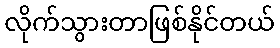
လိုက်သွားတာဖြစ်နိုင်တယ်